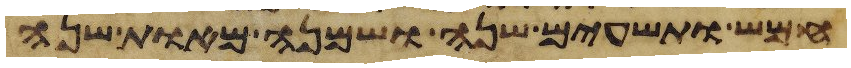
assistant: חמש ותשעים שנה ושמנה מאות שנה